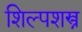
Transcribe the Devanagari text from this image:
शिल्पशस्त्र